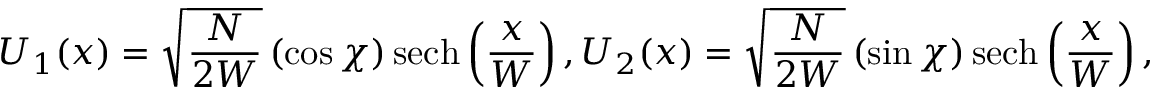
U _ { 1 } ( x ) = \sqrt { \frac { N } { 2 W } } \left( \cos \chi \right) \mathrm { s e c h } \left( \frac { x } { W } \right) , U _ { 2 } ( x ) = \sqrt { \frac { N } { 2 W } } \left( \sin \chi \right) \mathrm { s e c h } \left( \frac { x } { W } \right) ,